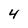
Character: 4